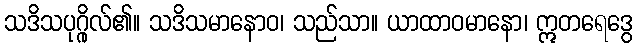
သဒိသပုဂ္ဂိုလ်၏။ သဒိသမာနောဝ၊ သည်သာ။ ယာထာဝမာနော၊ ဣတရေဒွေ